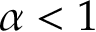
\alpha < 1